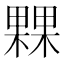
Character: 𣛕